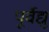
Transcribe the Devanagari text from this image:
पूर्वेद्यु